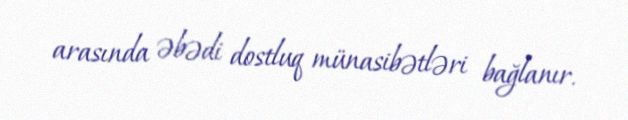
arasında əbədi dostluq münasibətləri bağlanır.